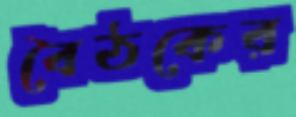
বৈঠকের